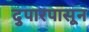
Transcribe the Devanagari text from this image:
दुपारपासून